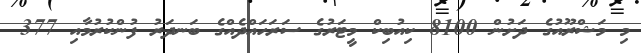
މި މަޝްރޫއުގެ ދަށުން 8100 ކިއުބިކް މީޓަރުގެ ސަރަހައްދެއްގެ ބަނދަރު ފުންކުރުމާއި 377